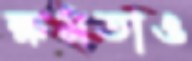
ক্ষমতাও